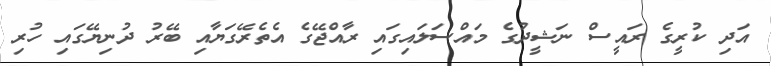
އަދި ކުރީގެ ރައީސް ނަޝީދުގެ މައްސަލައިގައި ރާއްޖޭގެ އެތެރޭގަޔާއި ބޭރު ދުނިޔޭގައި ހުރި